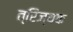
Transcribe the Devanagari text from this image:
त्रिज्यक